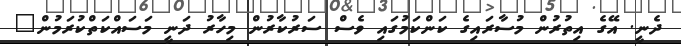
ދެނީ. އޭގެ އިތުރުން މުސާރައިގެ ކަންކަމުގައި ވެސް ސަރުކާރުން މިހާރު ދަނީ މަސައްކަތްކުރަމުން"